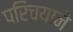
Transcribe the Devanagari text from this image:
परिचयाने